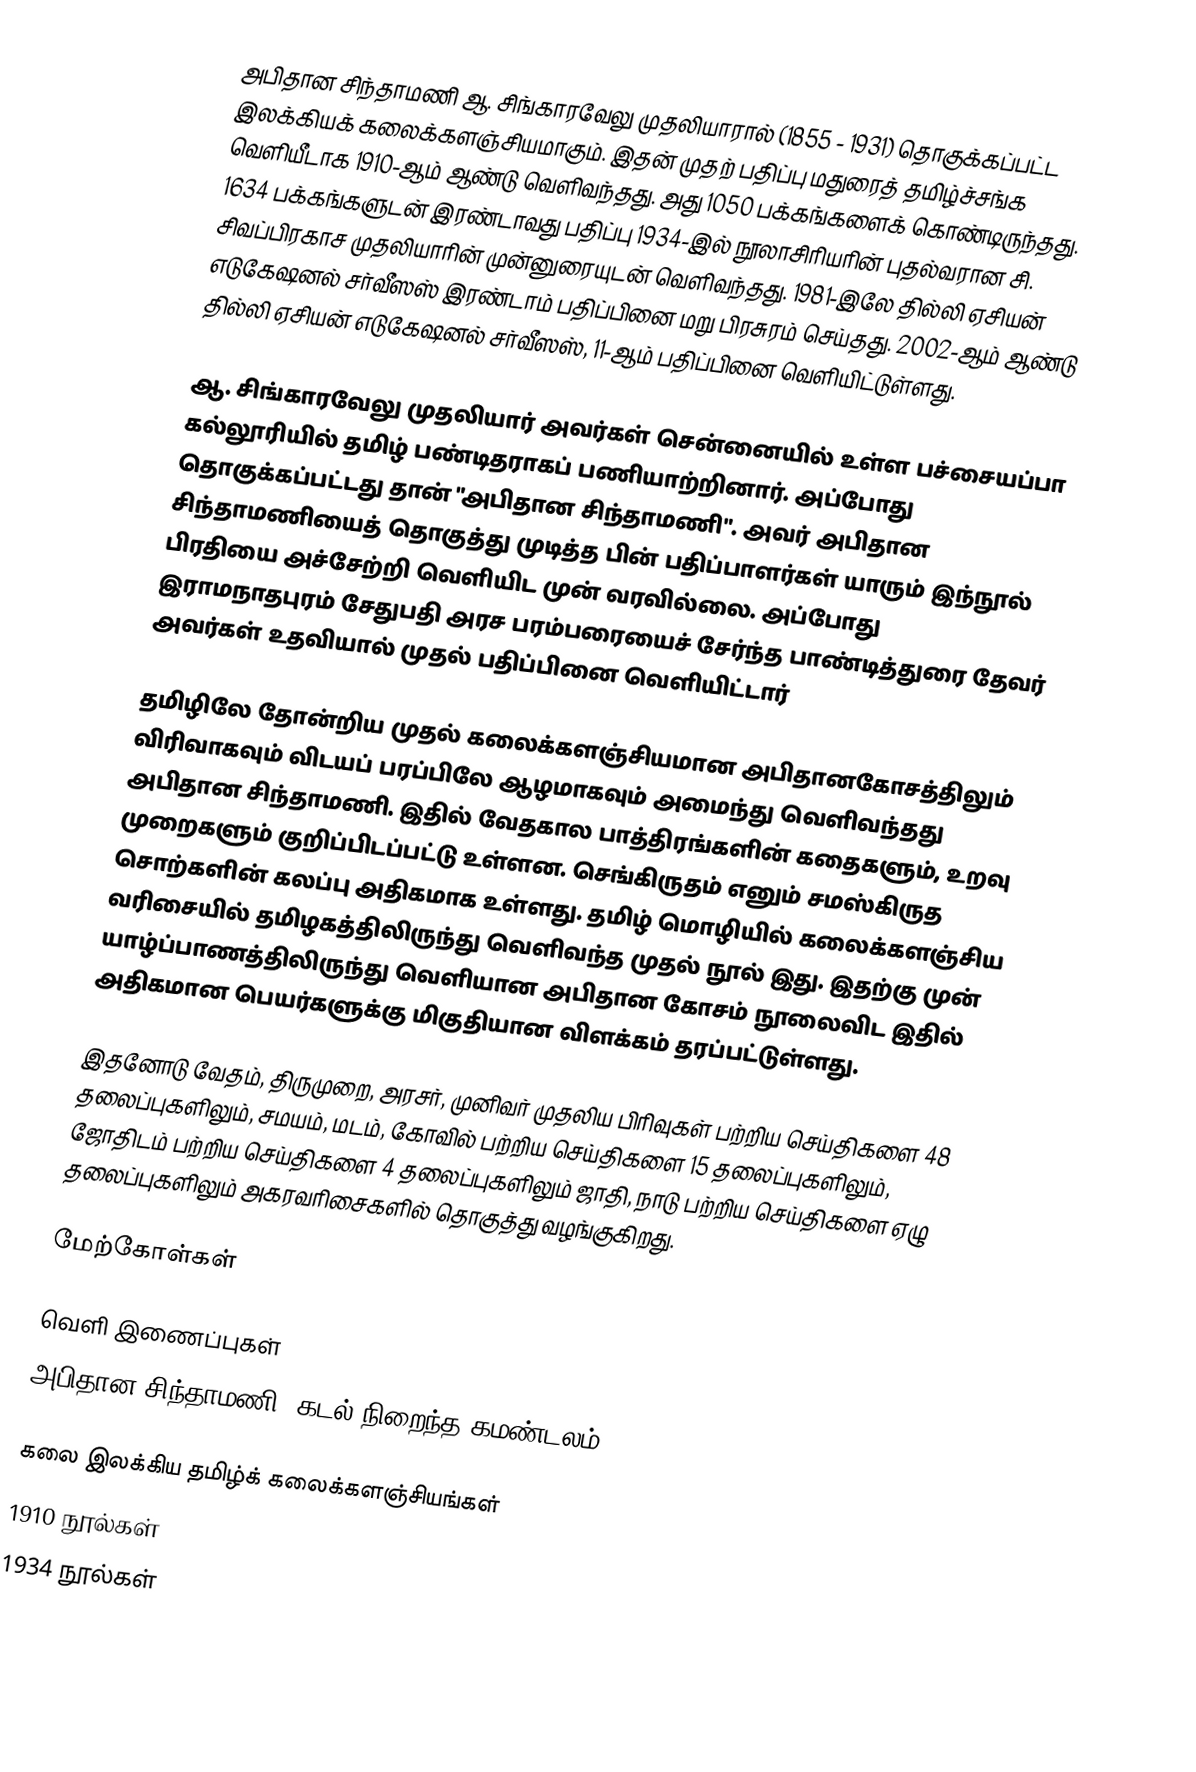
அபிதான சிந்தாமணி ஆ. சிங்காரவேலு முதலியாரால் (1855 - 1931) தொகுக்கப்பட்ட இலக்கியக் கலைக்களஞ்சியமாகும். இதன் முதற் பதிப்பு மதுரைத் தமிழ்ச்சங்க வெளியீடாக 1910-ஆம் ஆண்டு வெளிவந்தது. அது 1050 பக்கங்களைக் கொண்டிருந்தது. 1634 பக்கங்களுடன் இரண்டாவது பதிப்பு 1934-இல் நூலாசிரியரின் புதல்வரான சி. சிவப்பிரகாச முதலியாரின் முன்னுரையுடன் வெளிவந்தது. 1981-இலே தில்லி ஏசியன் எடுகேஷனல் சர்வீஸஸ் இரண்டாம் பதிப்பினை மறு பிரசுரம் செய்தது. 2002-ஆம் ஆண்டு  தில்லி ஏசியன் எடுகேஷனல் சர்வீஸஸ், 11-ஆம் பதிப்பினை வெளியிட்டுள்ளது.

ஆ. சிங்காரவேலு முதலியார் அவர்கள் சென்னையில் உள்ள பச்சையப்பா கல்லூரியில் தமிழ் பண்டிதராகப் பணியாற்றினார். அப்போது தொகுக்கப்பட்டது தான் "அபிதான சிந்தாமணி". அவர் அபிதான சிந்தாமணியைத் தொகுத்து முடித்த பின் பதிப்பாளர்கள் யாரும் இந்நூல் பிரதியை அச்சேற்றி வெளியிட முன் வரவில்லை. அப்போது இராமநாதபுரம் சேதுபதி அரச பரம்பரையைச் சேர்ந்த பாண்டித்துரை தேவர் அவர்கள் உதவியால் முதல் பதிப்பினை வெளியிட்டார்

தமிழிலே தோன்றிய முதல் கலைக்களஞ்சியமான அபிதானகோசத்திலும் விரிவாகவும் விடயப் பரப்பிலே ஆழமாகவும் அமைந்து வெளிவந்தது அபிதான சிந்தாமணி. இதில் வேதகால பாத்திரங்களின் கதைகளும், உறவு முறைகளும் குறிப்பிடப்பட்டு உள்ளன. செங்கிருதம் எனும் சமஸ்கிருத சொற்களின் கலப்பு அதிகமாக உள்ளது.   தமிழ் மொழியில் கலைக்களஞ்சிய வரிசையில் தமிழகத்திலிருந்து வெளிவந்த முதல் நூல் இது. இதற்கு முன் யாழ்ப்பாணத்திலிருந்து வெளியான அபிதான கோசம் நூலைவிட இதில் அதிகமான பெயர்களுக்கு மிகுதியான விளக்கம் தரப்பட்டுள்ளது.

இதனோடு வேதம், திருமுறை, அரசர், முனிவர் முதலிய பிரிவுகள் பற்றிய செய்திகளை 48 தலைப்புகளிலும், சமயம், மடம், கோவில் பற்றிய செய்திகளை 15 தலைப்புகளிலும், ஜோதிடம் பற்றிய செய்திகளை 4 தலைப்புகளிலும் ஜாதி, நாடு பற்றிய செய்திகளை ஏழு தலைப்புகளிலும் அகரவரிசைகளில் தொகுத்து வழங்குகிறது.

மேற்கோள்கள்

வெளி இணைப்புகள்
 அபிதான சிந்தாமணி: கடல் நிறைந்த கமண்டலம்.

கலை இலக்கிய தமிழ்க் கலைக்களஞ்சியங்கள்
1910 நூல்கள்
1934 நூல்கள்